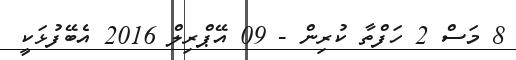
8 މަސް 2 ހަފްތާ ކުރިން - 09 އޭޕްރިލް 2016 އެބޭފުޅަކީ